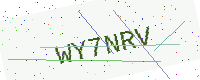
Text: WY7NRV